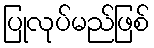
ပြုလုပ်မည်ဖြစ်